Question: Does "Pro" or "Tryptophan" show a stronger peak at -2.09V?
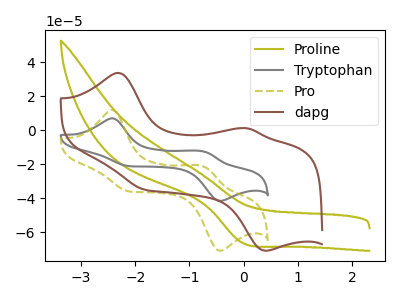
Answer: <think>The olive curve "Proline" has a cathodic peak at: (-0.05V, -65.85uA). The gray curve "Tryptophan" has anodic peaks at (-2.40V, 6.95uA) (-0.75V, -12.35uA) and cathodic peaks at (-2.10V, -21.20uA) (-0.45V, -41.55uA). The olive dashed curve "Pro" has anodic peaks at (-2.40V, 11.85uA) (-0.75V, -21.10uA) and cathodic peaks at (-2.10V, -36.15uA) (-0.45V, -70.80uA). The brown curve "dapg" has anodic peaks at (-2.30V, 33.60uA) (0.05V, 1.15uA) and cathodic peaks at (-1.80V, -35.10uA) (0.40V, -70.85uA).</think>
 <answer>The peak at -2.09V is higher in "Pro" than in "Tryptophan".</answer>
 <eval>higher</eval>